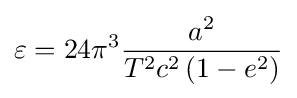
\varepsilon =24\pi ^{3}{\frac {a^{2}}{T^{2}c^{2}\left(1-e^{2}\right)}}